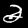
Label: 2